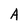
Character: A